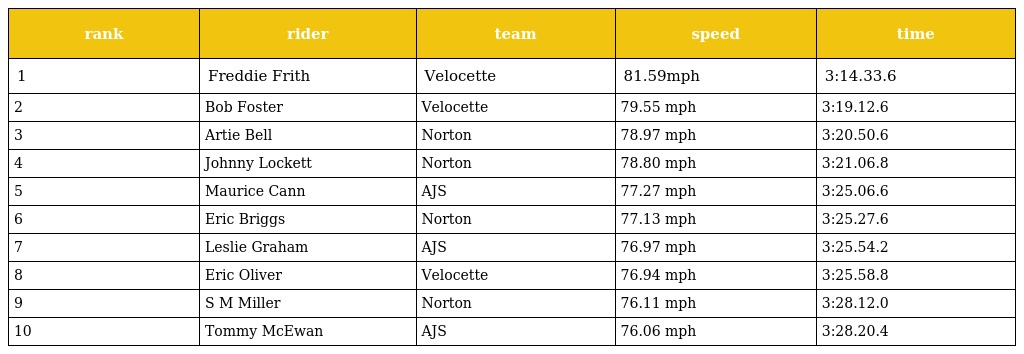
| rank | rider | team | speed | time |
 | --- | --- | --- | --- | --- |
 | 1 | Freddie Frith | Velocette | 81.59mph | 3:14.33.6 |
 | 2 | Bob Foster | Velocette | 79.55 mph | 3:19.12.6 |
 | 3 | Artie Bell | Norton | 78.97 mph | 3:20.50.6 |
 | 4 | Johnny Lockett | Norton | 78.80 mph | 3:21.06.8 |
 | 5 | Maurice Cann | AJS | 77.27 mph | 3:25.06.6 |
 | 6 | Eric Briggs | Norton | 77.13 mph | 3:25.27.6 |
 | 7 | Leslie Graham | AJS | 76.97 mph | 3:25.54.2 |
 | 8 | Eric Oliver | Velocette | 76.94 mph | 3:25.58.8 |
 | 9 | S M Miller | Norton | 76.11 mph | 3:28.12.0 |
 | 10 | Tommy McEwan | AJS | 76.06 mph | 3:28.20.4 |